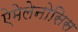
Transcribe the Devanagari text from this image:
ऐमेलेनोसिस